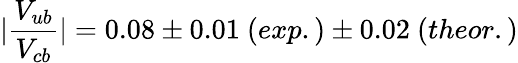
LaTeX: |\frac{V_{ub}}{V_{cb}}|=0.08\pm 0.01\ (exp.)\pm 0.02\ (theor.)